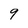
Character: 9